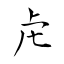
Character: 虍